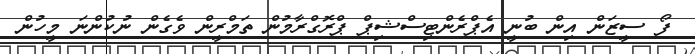
ފޯ ސީޒަން އިން ބުނީ އެޕްރެންޓިސްޝިޕް ޕްރޮގްރާމުން ތަމްރީން ވެގެން ނުކުންނަ މީހުން